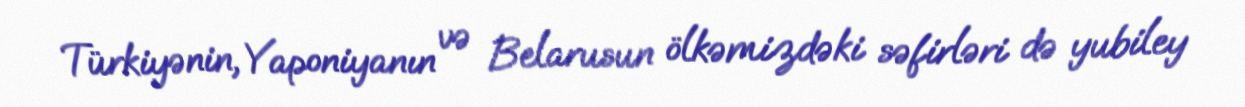
Türkiyənin, Yaponiyanın və Belarusun ölkəmizdəki səfirləri də yubiley